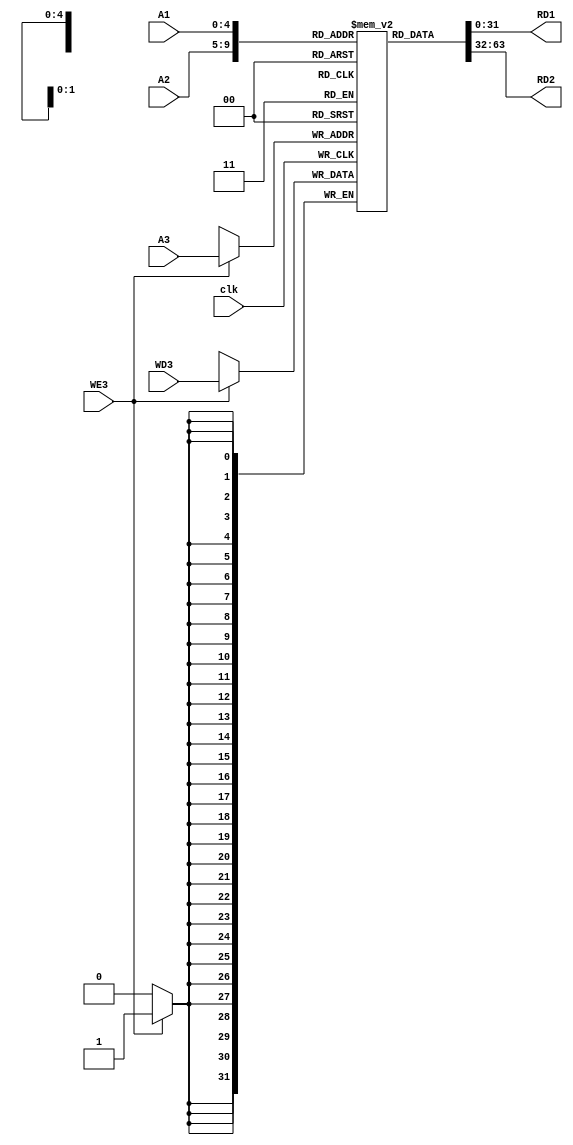
module register_file(
    input clk, WE3,
    input[4:0] A1, A2, A3,
    input[31:0] WD3,
    output[31:0] RD1, RD2
);
    reg[31:0] mem[31:0];

    assign RD1 = mem[A1];
    assign RD2 = mem[A2];

    always @(posedge clk)
    begin
        if(WE3)
            mem[A3] <= WD3;
    end

    integer i;
    initial 
    begin
        for (i=0; i<32; i=i+1)
            mem[i] = 32'b0;
        
    end
endmodule